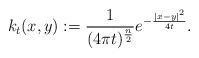
LaTeX: \begin{align*}k_{t}(x,y) := \frac{1}{(4\pi t)^{\frac{n}{2}}} e^{-\frac{|x-y|^{2}}{4t}}.\end{align*}